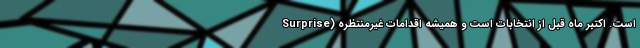
Surprise) است. اکتبر ماه قبل از انتخابات است و همیشه اقدامات غیرمنتظره